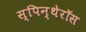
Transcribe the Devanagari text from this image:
स्पिन्थेरॉस